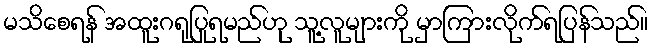
မသိစေရန် အထူးဂရုပြုရမည်ဟု သူ့လူများကို မှာကြားလိုက်ရပြန်သည်။